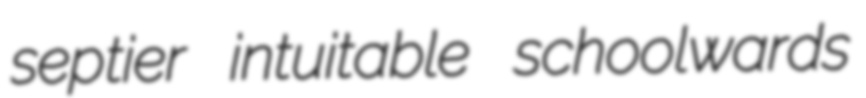
septier intuitable schoolwards